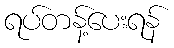
ရပ်တန့်ပေးရန်